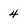
Character: 4